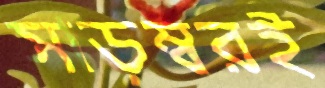
সাড়ম্বরই